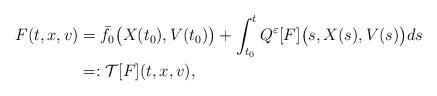
LaTeX: \begin{align*} F(t,x,v) & = \bar{f_0}\big(X(t_0),V(t_0)\big) + \int_{t_0}^t Q^\varepsilon[F]\big(s,X(s),V(s)\big)ds \\ & =: \mathcal{T}[F] (t,x,v), \end{align*}